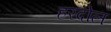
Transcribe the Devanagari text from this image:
हरदोल